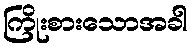
ကြိုးစားသောအခါ